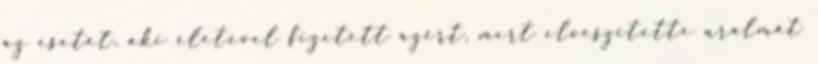
az esetét, aki életével fizetett azért, mert elveszítette uralmát